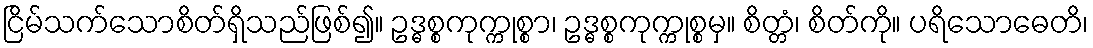
ငြိမ်သက်သောစိတ်ရှိသည်ဖြစ်၍။ ဥဒ္ဓစ္စကုက္ကုစ္စာ၊ ဥဒ္ဓစ္စကုက္ကုစ္စမှ။ စိတ္တံ၊ စိတ်ကို။ ပရိသောဓေတိ၊